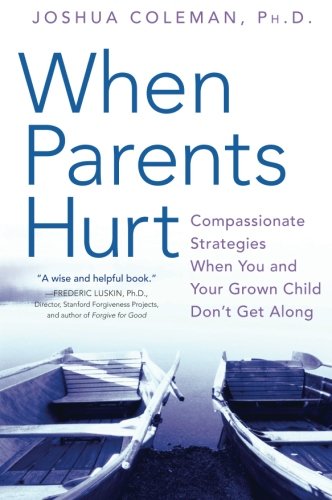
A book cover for When Parents Hurt: Compassionate Strategies When You and Your Grown Child Don't Get Along; Joshua, PhD Coleman; Parenting & Relationships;